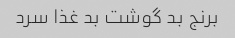
برنج بد گوشت بد غذا سرد